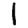
Digit: 1